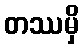
တဿမှိ